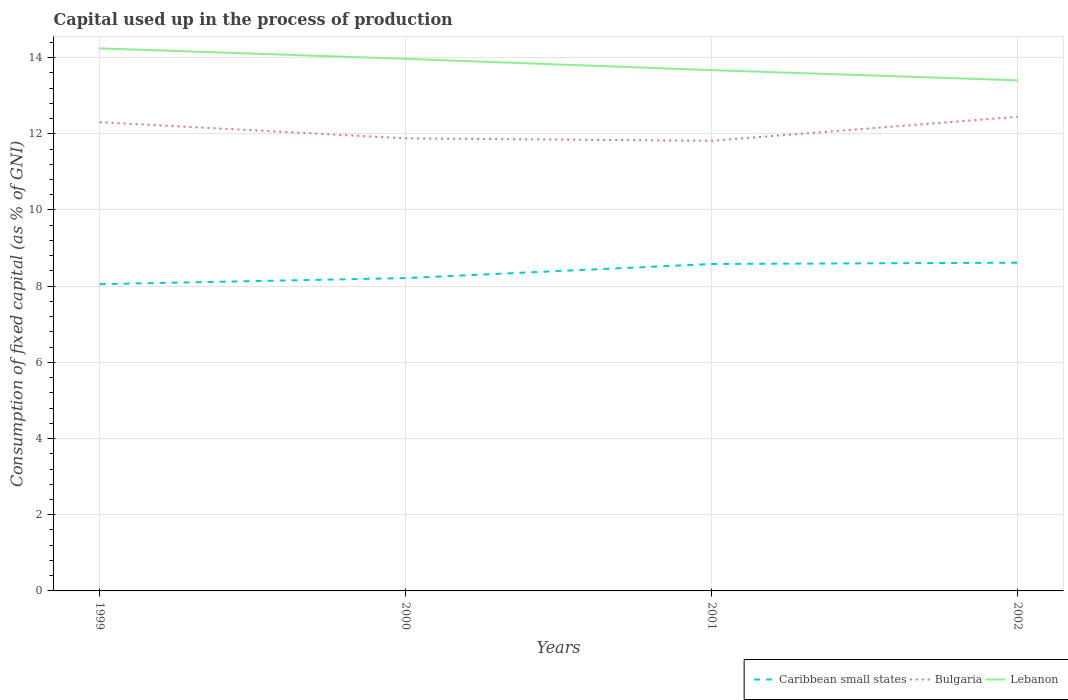
| Years | Caribbean small states | Bulgaria | Lebanon |
 | --- | --- | --- | --- |
 | 1999 | 8.05 | 12.3 | 14.2 |
 | 2000 | 8.21 | 11.9 | 14 |
 | 2001 | 8.58 | 11.8 | 13.7 |
 | 2002 | 8.62 | 12.4 | 13.4 |